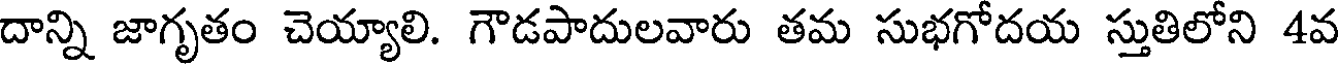
దాన్ని జాగృతం చెయ్యాలి. గౌడపాదులవారు తమ సుభగోదయ స్తుతిలోని 4వ